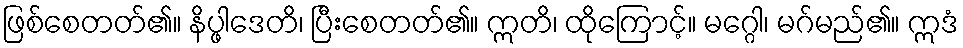
ဖြစ်စေတတ်၏။ နိပ္ဖါဒေတိ၊ ပြီးစေတတ်၏။ ဣတိ၊ ထိုကြောင့်။ မဂ္ဂေါ၊ မဂ်မည်၏။ ဣဒံ